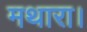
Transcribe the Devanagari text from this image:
मथारा।